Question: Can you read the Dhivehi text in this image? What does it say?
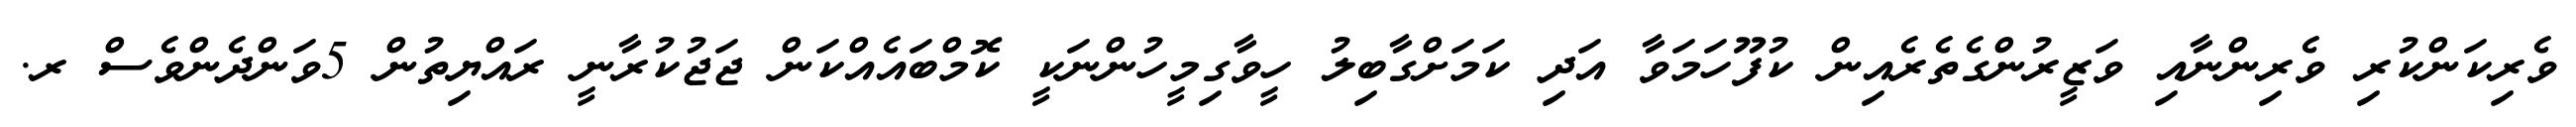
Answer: ވެރިކަންކުރި ވެރިންނާއި ވަޒީރުންގެތެރެއިން ކުފޫހަމަވާ އަދި ކަމަށްގާބިލު ހީވާގިމީހުންނަކީ ކޮމްބައެއްކަން ޖަޖުކުރާނީ ރައްޔިތުން 5ވަންދެންވެސް ރ.